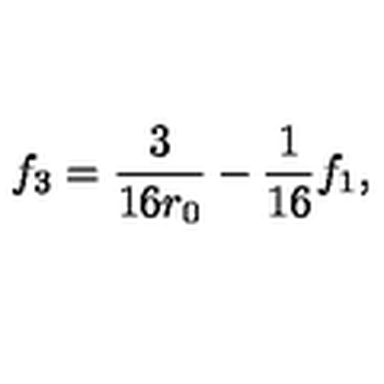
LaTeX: f _ { 3 } = \frac { 3 } { 1 6 r _ { 0 } } - \frac { 1 } { 1 6 } f _ { 1 } ,